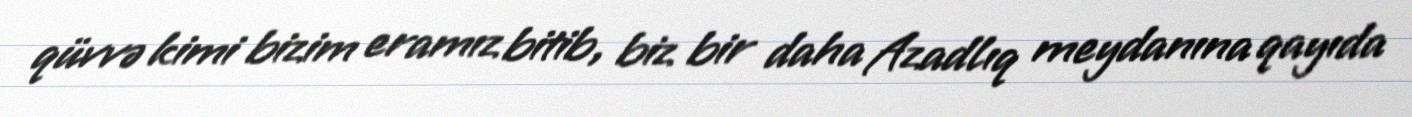
qüvvə kimi bizim eramız bitib, biz bir daha Azadlıq meydanına qayıda